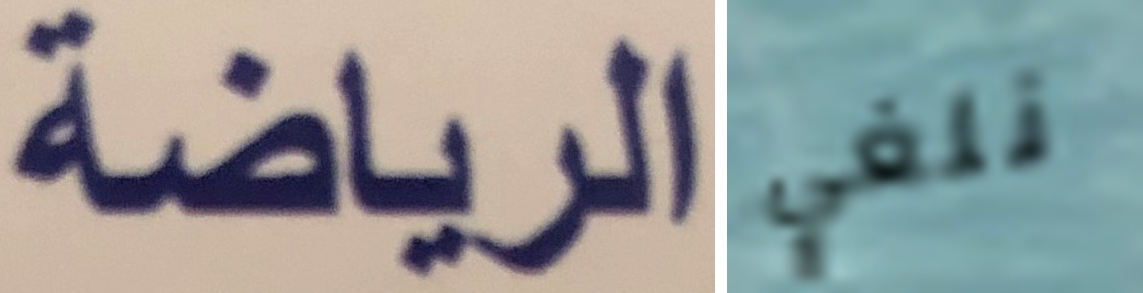
الرياضة نلغي